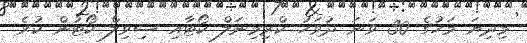
މިދިޔަ މަހުގެ 30 ވަނަ ދުވަހު ކްރިމިނަލް ކޯޓާއި ސިވިލް ކޯޓުން ކުރެ